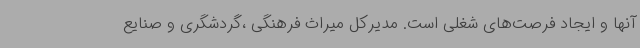
آنها و ایجاد فرصت‌های شغلی است. مدیرکل میراث فرهنگی ،گردشگری و صنایع